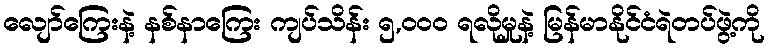
လျော်ကြေးနဲ့ နစ်နာကြေး ကျပ်သိန်း ၅,၀၀၀ ရလိုမှုနဲ့ မြန်မာနိုင်ငံရဲတပ်ဖွဲ့ကို